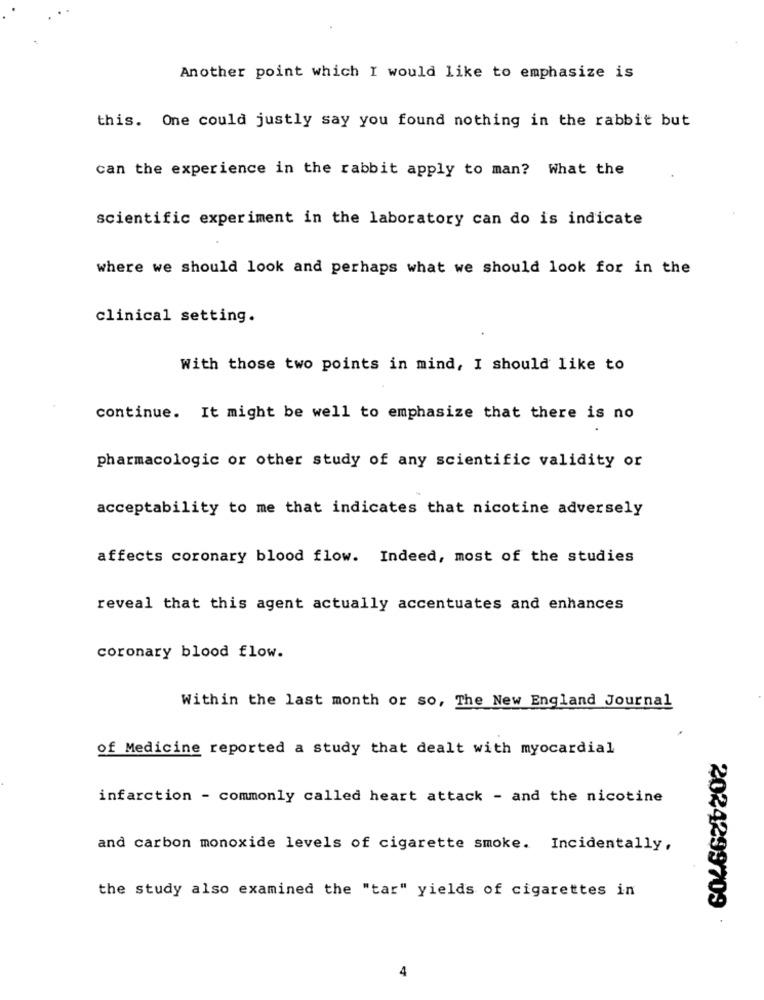
Another point which I would like to emphasize is
this. One could justly say you found nothing in the rabbit but
can the experience in the rabbit apply to man? What the
scientific experiment in the laboratory can do is indicate
where we should look and perhaps what we should look for in the
clinical setting.
With those two points in mind, I should like to
continue. It might be well to emphasize that there is no
pharmacologic or other study of any scientific validity or
acceptability to me that indicates that nicotine adversely
affects coronary blood flow. Indeed, most of the studies
reveal that this agent actually accentuates and enhances
coronary blood flow.
Within the last month or so, The New England Journal
of Medicine reported a study that dealt with myocardial
infarction - commonly called heart attack - and the nicotine
and carbon monoxide levels of cigarette smoke. Incidentally,
the study also examined the "tar" yields of cigarettes in
2024299709
4